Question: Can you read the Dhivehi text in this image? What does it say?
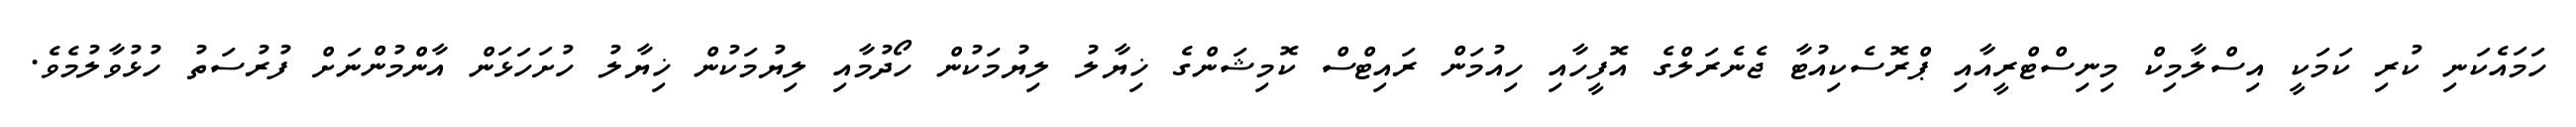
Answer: ހަމައެކަނި ކުރި ކަމަކީ އިސްލާމިކް މިނިސްޓްރީއާއި ޕްރޮސެކިއުޓާ ޖެނެރަލްގެ އޮފީހާއި ހިއުމަން ރައިޓްސް ކޮމިޝަންގެ ޚިޔާލު ލިޔުމަކުން ހޯދުމާއި ލިޔުމަކުން ޚިޔާލު ހުށަހަޅަން އާންމުންނަށް ފުރުސަތު ހުޅުވާލުމެވެ.